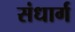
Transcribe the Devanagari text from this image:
संधार्ग